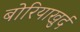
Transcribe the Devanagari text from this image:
बोरियाखुर्द